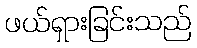
ဖယ်ရှားခြင်းသည်